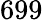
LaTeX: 699